Vaccine operations Central Provinces 1900-1911 - 1900-1911
Year: 1900
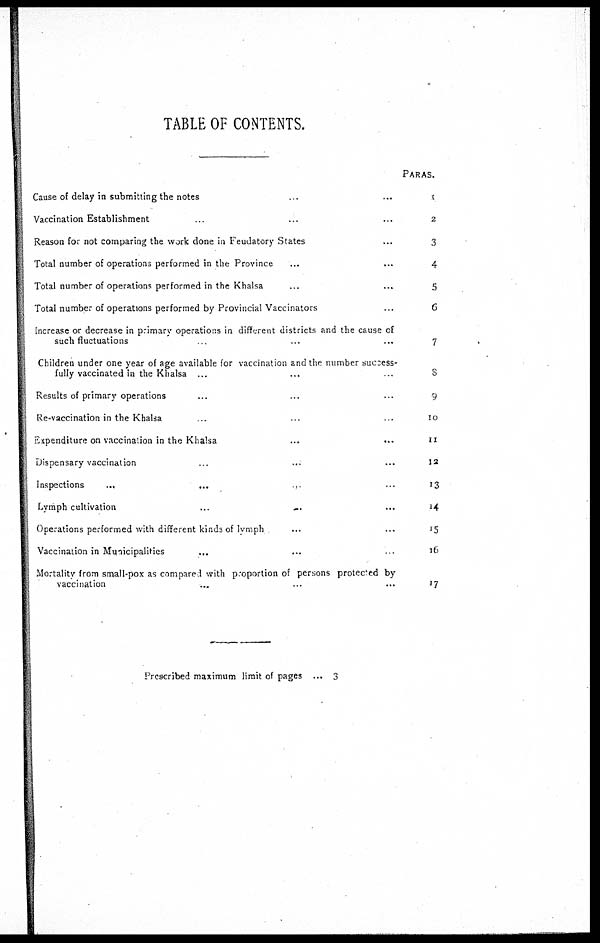
TABLE OF CONTENTS.
Cause of delay in submitting the notes ... ...
Vaccination Establishment ... ... ...
Reason for not comparing the work done in Feudatory States ...
Total number of operations performed in the Province ... ...
Total number of operations performed in the Khalsa ... ...
Total number of operations performed by Provincial Vaccinators ...
Increase or decrease in primary operations in different districts and the cause of
such fluctuations ... ...
Children under one year of age available for vaccination and the number success-
fully vaccinated in the Khalsa ... ... ...
Results of primary operations ... ... ...
Re-vaccination in the Khalsa ... ... ...
Expenditure on vaccination in the Khalsa
...
...
Dispensary vaccination ... ... ...
Inspections
...
...
...
...
Lymph cultivation
...
...
...
Operations performed with different kinds of Iymph ... ...
Vaccination in Municipalities ... ... ...
Mortality from small-pox as compared with proportion of persons protected by
vaccination ... ... ...
PARAS.
1
2
3
4
5
6
7
8
9
10
11
12
13
14
15
16
17
Prescribed maximum limit of pages ... 3